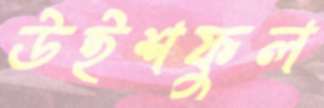
উইশফুল